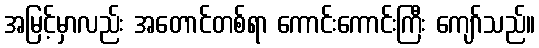
အမြင့်မှာလည်း အတောင်တစ်ရာ ကောင်းကောင်းကြီး ကျော်သည်။